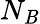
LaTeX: N_{\mathit{B}}